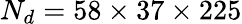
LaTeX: N_{d}=58\times 37\times 225